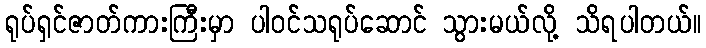
ရုပ်ရှင်ဇာတ်ကားကြီးမှာ ပါဝင်သရုပ်ဆောင် သွားမယ်လို့ သိရပါတယ်။